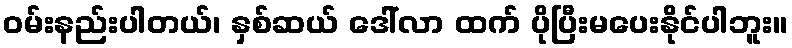
ဝမ်းနည်းပါတယ်၊ နှစ်ဆယ် ဒေါ်လာ ထက် ပိုပြီးမပေးနိုင်ပါဘူး။